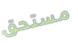
مستحق